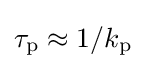
\tau _{\text{p}}\approx 1/k_{\text{p}}